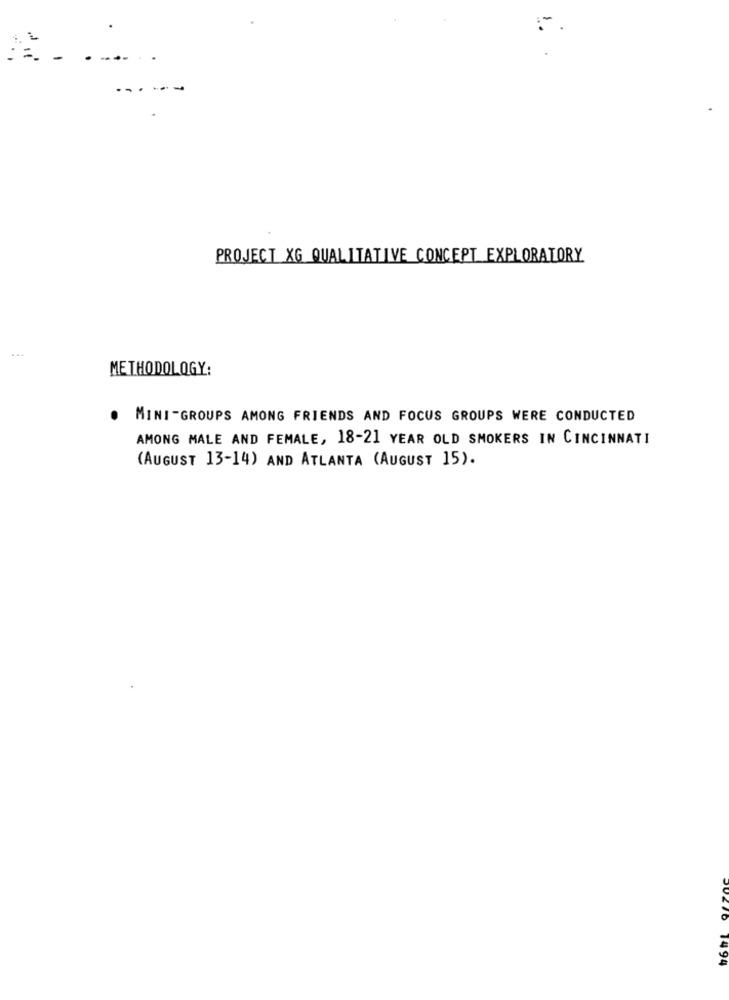
-
PROJECT XG QUALITATIVE CONCEPT EXPLORATORY
METHODOLOGY:
. MINI-GROUPS AMONG FRIENDS AND FOCUS GROUPS WERE CONDUCTED
AMONG MALE AND FEMALE, 18-21 YEAR OLD SMOKERS IN CINCINNATI
(AUGUST 13-14) AND ATLANTA (AUGUST 15).
1494